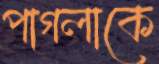
পাগলাকে